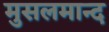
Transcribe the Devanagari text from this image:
मुसलमान्द